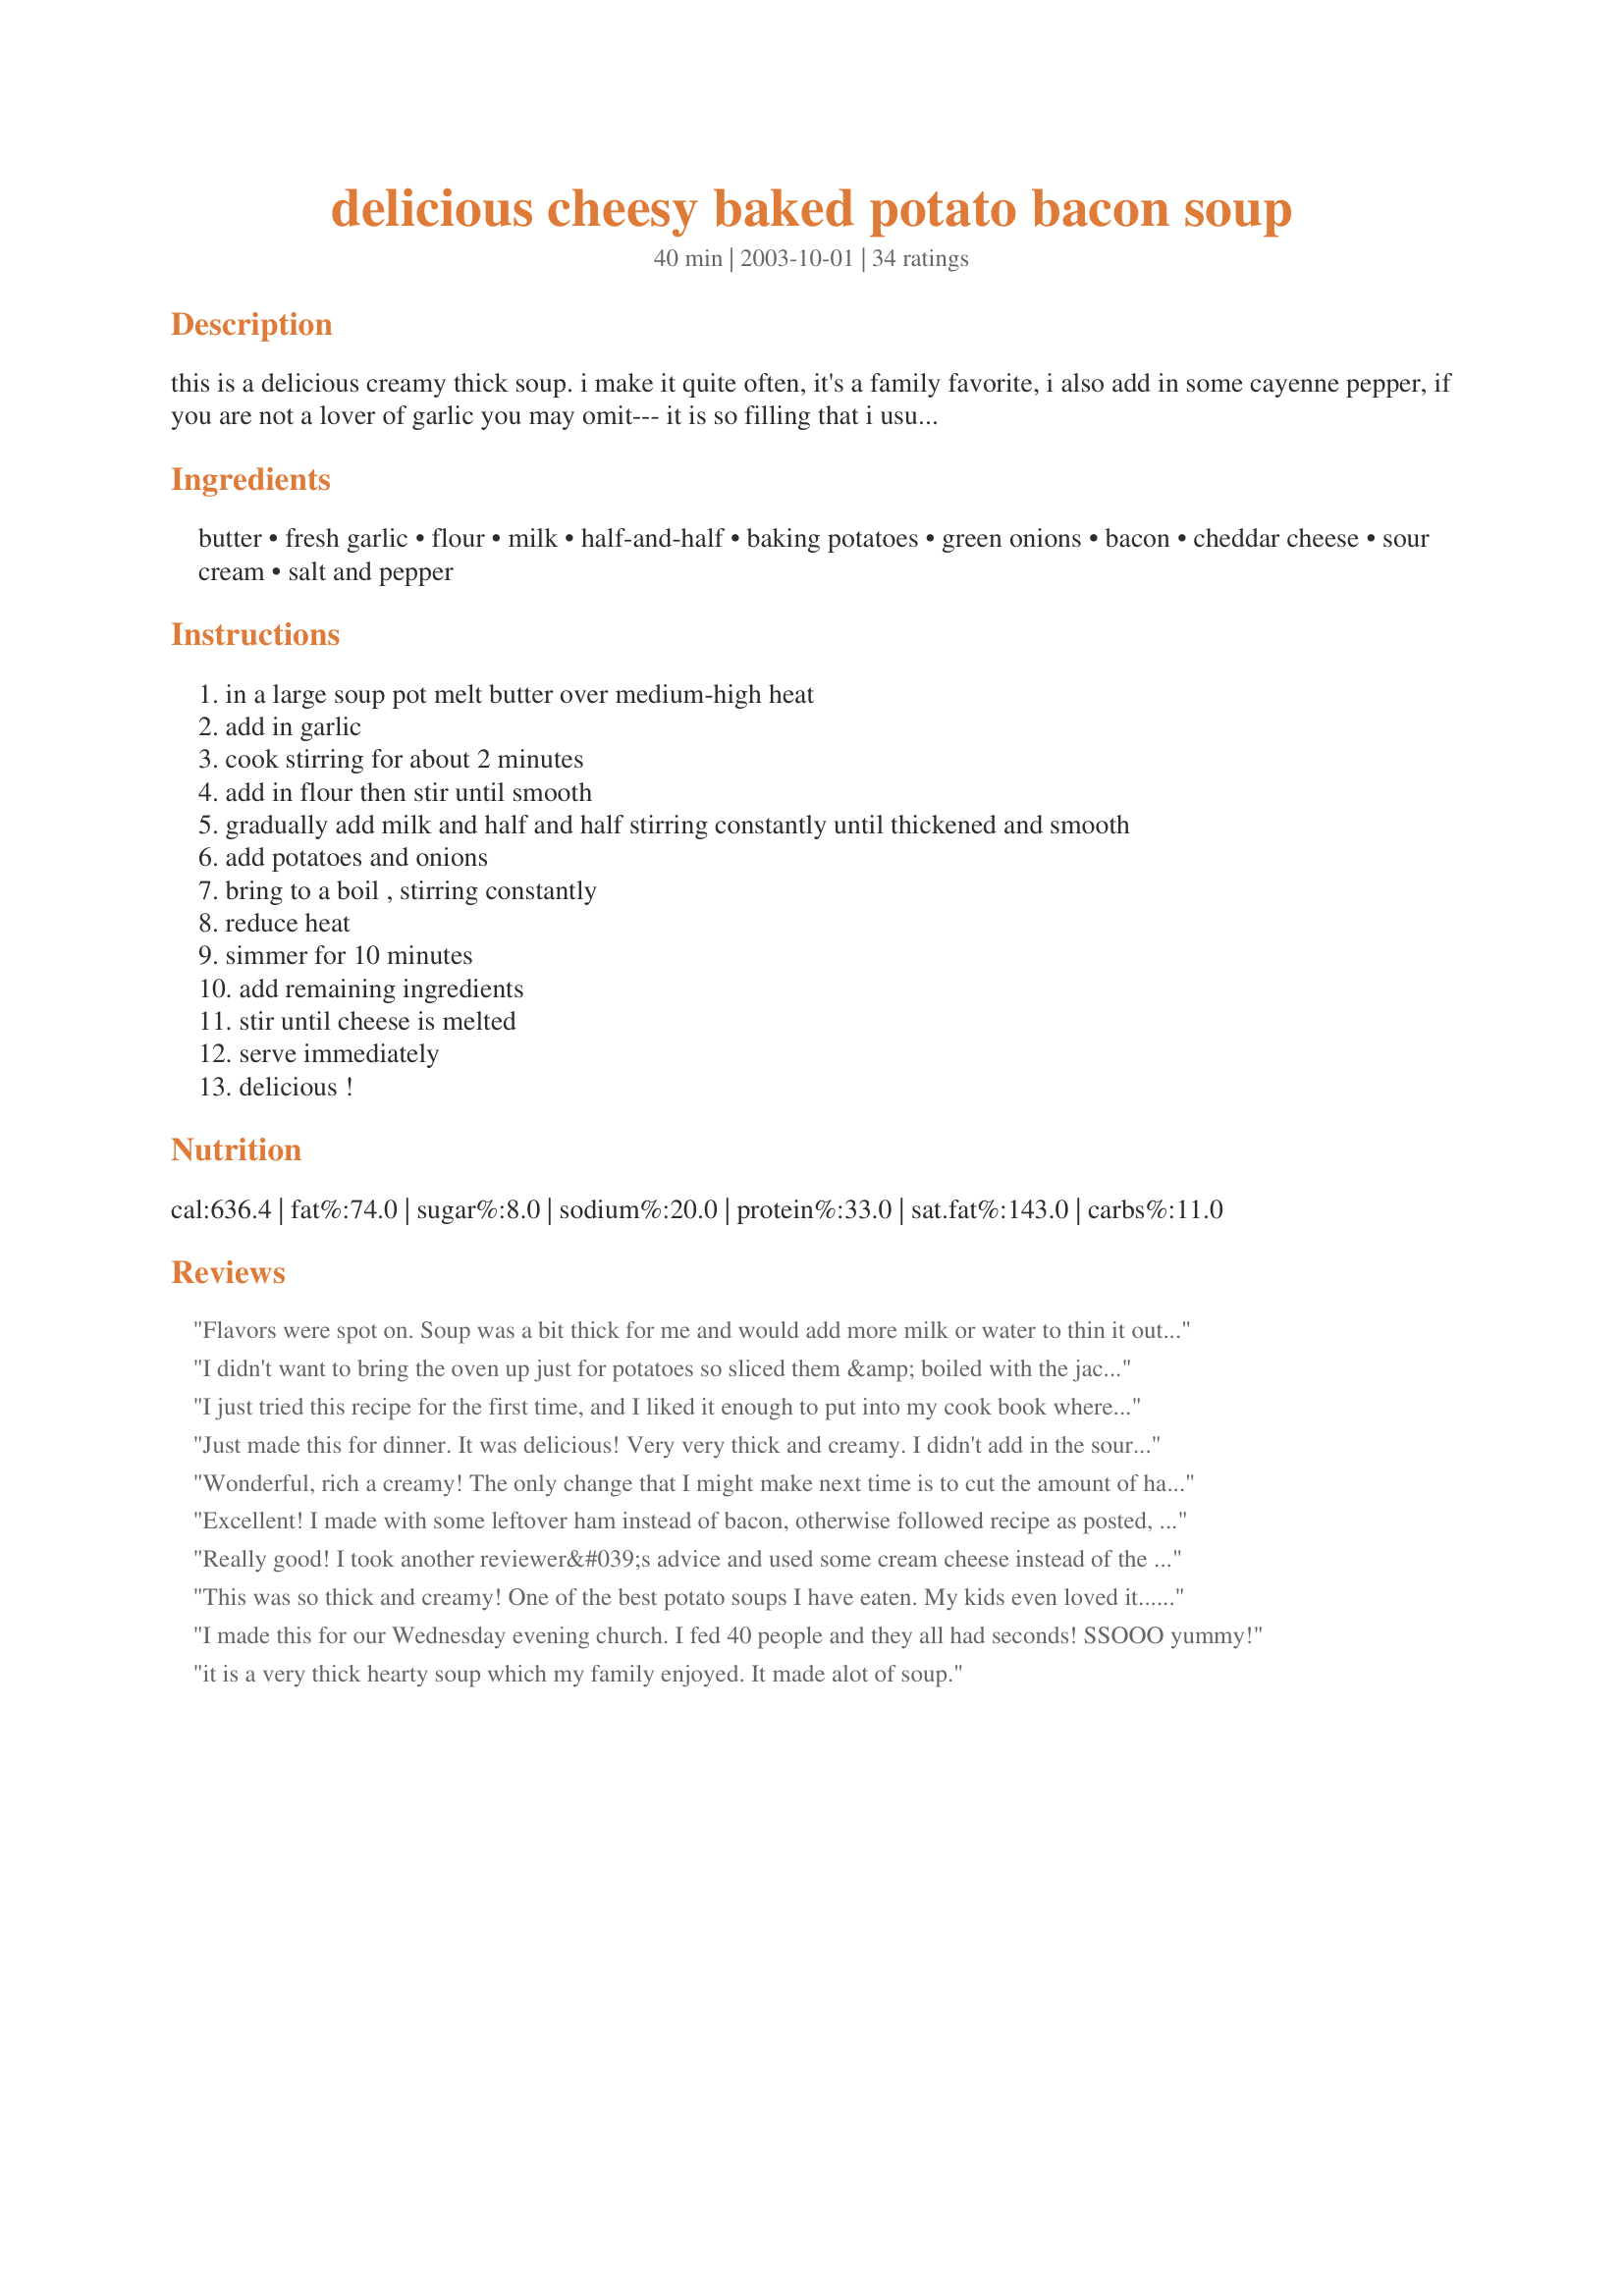
delicious cheesy baked potato bacon soup
Preparation time: 40 minutes

this is a delicious creamy thick soup. i make it quite often, it's a family favorite, i also add in some cayenne pepper, if you are not a lover of garlic you may omit--- it is so filling that i usually just serve it as a main meal with crusty bread on the side, and a salad.

Ingredients:
butter, fresh garlic, flour, milk, half-and-half, baking potatoes, green onions, bacon, cheddar cheese, sour cream, salt and pepper

Steps:
in a large soup pot melt butter over medium-high heat
add in garlic
cook stirring for about 2 minutes
add in flour then stir until smooth
gradually add milk and half and half stirring constantly until thickened and smooth
add potatoes and onions
bring to a boil , stirring constantly
reduce heat
simmer for 10 minutes
add remaining ingredients
stir until cheese is melted
serve immediately
delicious !

Reviews:
Flavors were spot on. Soup was a bit thick for me and would add more milk or water to thin it out. Added cayenne pepper per review and although I propably didn't add enough gave a hint of spiciness.
I didn't want to bring the oven up just for potatoes so sliced them &amp; boiled with the jackets on, then dried them under the grill, hoping for no watery-tasting soup, it worked &amp; I kept the jackets on, made it a bit more 'earthy' taste. Used veggy-bacon fried crisp &amp; added cayenne as suggested. Used 5&frac12; cups milk 1&frac12; cups cream, hopefully this was the intended consistency (I think there is something called 'half-cream' in the UK but it's probably like &frac12;sugar-&frac12;sweetener, a lot more expensive). I'd love to give more stars for this as cheese soup isn't seen in the UK, I didn't even know tins of cheese soup existed &amp; as I am a big cheese fan, this was my treat, all mine, crusty bread too!! It went thick as I thought so I made it in a double boiler (the old-fashioned way-2 saucepans). I am going to try freezing a little bit to test next time without the veggy-bacon. There is something I'm a bit bemused/bewildered by; this is by far not the first US recipe that salad has been suggested to serve with soup; do people serve the soup in a mug &amp; drink it next to the salad, like some do with wine, or do they have a knife &amp; fork then change to a spoon &amp; back again, like I've heard you switch cutlery to different hands as you eat?? Excuse my ignorance but I've never been to the US (though I'd very much like to when I retire).
I just tried this recipe for the first time, and I liked it enough to put into my cook book where I only add things in that I love and will make again. This is just too perfect for fall and winter, OMG! This soup thickens perfectly, and it is SO filling! To try lowering the calories though, I used turkey bacon and fat free half and half, and it tasted just fine :-) Keep em posted Kittencal!!
Just made this for dinner. It was delicious! Very very thick and creamy. I didn't add in the sour cream and I used a microplane to zest in just one small clove of garlic which was plenty. Would make again for sure!
Wonderful, rich a creamy! The only change that I might make next time is to cut the amount of half & half in half (That was a little confusing huh?) to make it a little less rich! Great soup, thanks for posting!
Excellent! I made with some leftover ham instead of bacon, otherwise followed recipe as posted, and it was fantastic. Thanks Kittencal!
Really good! I took another reviewer&#039;s advice and used some cream cheese instead of the half and half because I didn&#039;t have any. Turned out nice, thick and creamy! Great comfort food!
This was so thick and creamy! One of the best potato soups I have eaten. My kids even loved it...and they don't like anything! Will definitely become part of my winter menu rotation!
I made this for our Wednesday evening church. I fed 40 people and they all had seconds! SSOOO yummy!
it is a very thick hearty soup which my family enjoyed. It made alot of soup.
Mmmm...Oh Wow...Awesome! I can't wait to have this baked potato soup again ~ It is thick, creamy, stick-to-your-ribs filling, and like the title says delicious!
A wonderful, thick soup which always goes over well! I can recommend adding a bit more milk as it is VERY thick (as written), and it definitely benefits from a little bit of cayenne as well (just adds a nice bit of kick to the soup). Also a reminder to KEEP STIRRING the soup fairly constantly, as letting it sit for even a minute or two on the stove can mean a layer of cooked milk stuck to the bottom of your pot. I also prefer to chop the green onions quite fine. (Just a personal preference... not a fan of huge chunks of onion in my potato soup, I like the cheese and spuds to be the stars.) A DELICIOUS recipe, thank you for sharing!!
Very nice soup especially on a cold rainy day in Oct. I only mixed in 1/2 the cheddar and 1/2 the green onions so that I had some left over to top the soup with. It just looks pretty that way to me. I added quite a bit of salt and pepper to mine. I liked the sour cream in it too, which I don't think I've had in any other potato soup I've eaten. Thanks Kitten!!!
WOW this soup was so yummy, and so easy. I did try to lighten it up a bit by using fat free half and half, and I also roasted the garlic before adding it. Will be making this many many times...Thank you
My first potato soup that turned out great. I think the key was baking the potatos. I also kept adding milk, it is a very thick soup. But delicious. Thank you!
This so very tasty! I love that it is a soup that tastes like a loaded baked potato at some steak houses! 
It really hit the spot since it is April and we have some of the coldest temps we have seen all winter!
We will definately be having this again!
Absolutely awesome! Loved it. I needed a easy soup and this sounded good. I didn't have half and half but had some cream cheese so I mided a hunk of cream cheese with the milk to make the allotted half and half. Worked beautifully. My family loved it! Another awesome recipe from Kittencallskitchen!!! Thank you so much!
I was a bit hesitant when it didn't thicken up right away, but it did and it turned out so delicious! I have never made a potato soup before so this turned out to be really good. It is definitely thick.
I thought this soup was excellent. I was craving potato soup and this hit the spot. I will be making this again. I thought the sour cream tasted good in this recipe.
OMG this is the best tasting potato soup! It is very easy to make, even for a novice cook like myself. (hehehee) You want to eat more of this soup than you actually can...3/4 of a bowl and you're stuffed. Thank you for posting this recipe...this is my new favorite Fall/Winter meal! : )
Pretty good but ended up too &quot;heavy&quot; for me. Thanks for posting.
Baked pork chops very good. Need an idea for gravy, to add moisture.
Best potato soup! I shared some with my friend and she said it was best soup she had EVER had bar none. I have some left over and it got very thick. I had no milk left (it took a lot of milk!) I thinned it with veggie broth - still wonderful!
Delicious, just like a loaded baked potato. It was so thick that I thinned it out with a quart of low sodium vegetable stock. It remained thick but much easier to enjoy. Thank you for sharing this soup!
This was damn good! Very easy to make, and probably the best potato soup I've made yet. Lovely and creamy, cheesy, and just the right mix of flavours. I'm quite amazed at how much like a loaded baked potato it really does taste - exactly like it!
The &quot;Holy Grail&quot; of all &quot;Loaded baked potato&quot; soup recipes!
Delicious soup on a chilly day. DH had three helpings :)
I was sick when I made this so I wasn&#039;t able to taste it but my husband and mother-in-law raved of how good it was! The only thing I did different was I peeled, cubed and boiled the potatoes because of time. Will try baking them next time. Deffinately a keeper!!! Thanks Kitten Cal, I love your recipes :)
Comfort food at its best! I halved the recipe for the 2 of us and had some great leftovers for DH's lunch! Very rich and creamy and perfect with a crusty roll or cornbread! Thank you Kitt! I'll be making this again soon! Made for KK's Recipe Tag
Wonder if you could do this in a crock pot
This was an easy to make soup and delicious. We made it last winter and was perfect for dinner on a cold evening. Tasted even better when reheated the next day. Looking forward to making it again soon.
This was very tasty. We didn't like the sour cream in it but was very filling. Served with garlic toast. Thanks for the recipe.
This is a very yummy soup! I love the creaminess and the flavors go great together. Next time I might leave out the bacon because the bacon in the leftovers was a little bit rubbery. I'll definetly make this one again, thanks!
This soup is thick and delicious! The only change I made was to double the amount of cheese. I did 1 1/2 cups sharp cheddar, and the other 1 1/2 cup mild cheddar. Will make this again soon!
